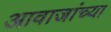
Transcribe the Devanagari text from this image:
आवाजांच्या